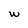
Character: w